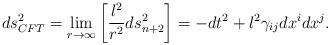
LaTeX: \begin{align*}ds^2_{CFT}=\lim_{r\to\infty}\left[{l^2\over r^2}ds^2_{n+2}\right]=-dt^2+l^2\gamma_{ij}dx^idx^j.\end{align*}